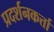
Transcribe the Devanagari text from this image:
प्रदर्शनकर्त्ता